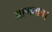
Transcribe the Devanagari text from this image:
आणतात।